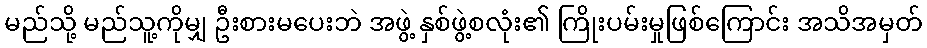
မည်သို့ မည်သူ့ကိုမျှ ဦးစားမပေးဘဲ အဖွဲ့ နှစ်ဖွဲ့စလုံး၏ ကြိုးပမ်းမှုဖြစ်ကြောင်း အသိအမှတ်